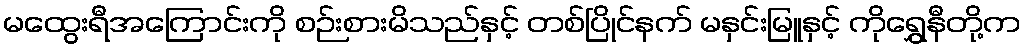
မထွေးရီအကြောင်းကို စဉ်းစားမိသည်နှင့် တစ်ပြိုင်နက် မနှင်းမြူနှင့် ကိုရွှေနီတို့က